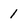
Character: 1